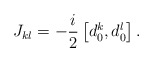
\begin{align*}J_{kl} = -\frac{i}{2} \left[ d_0 ^k ,d_0 ^l\right] .\end{align*}